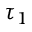
\tau _ { 1 }